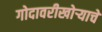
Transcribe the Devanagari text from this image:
गोदावरीखोऱ्याचे